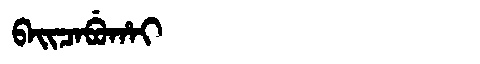
Manchu: ᠪᠠᡳᠴᠠᠪᡠᡥᠠᡳ
Romanization: BAICABUHAI